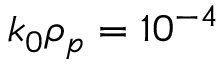
k _ { 0 } \rho _ { p } = 1 0 ^ { - 4 }